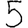
Digit: 5